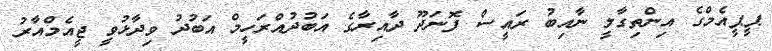
ޕީޕީއެމްގެ އިންތިގާލީ ނާއިބު ރައީސް ފޮނަދޫ ދާއިރާގެ އަބުދުއްރަހީމް އަބުދު ވިދާޅުވީ ޖީއެމްއާރު